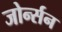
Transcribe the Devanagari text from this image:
जोर्न्सन